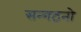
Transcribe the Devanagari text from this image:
सन्गठनो